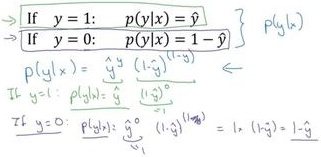
\[
\begin{align*}
&\Rightarrow \text{If }y = 1: \quad p(y|x)=\hat{y}\\
&\Rightarrow \text{If }y = 0: \quad p(y|x)=1 - \hat{y}\\
&p(y|x)=\hat{y}^y(1 - \hat{y})^{(1 - y)}\\
&\text{If }y = 1: \quad p(y|x)=\hat{y}^1(1 - \hat{y})^{(1 - 1)}=\hat{y}\\
&\text{If }y = 0: \quad p(y|x)=\hat{y}^0(1 - \hat{y})^{(1 - 0)}=1\times(1 - \hat{y})=1 - \hat{y}
\end{align*}
\]